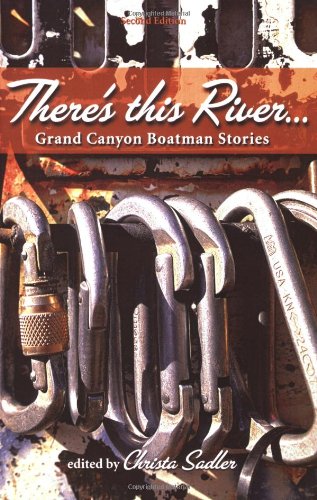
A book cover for There's This River... Grand Canyon Boatman Stories; Christa Sadler; Travel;